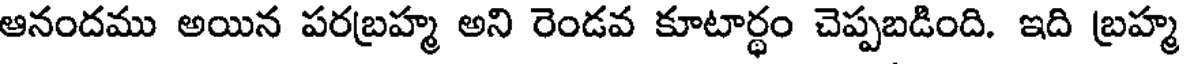
ఆనందము అయిన పరబ్రహ్మ అని రెండవ కూటార్థం చెప్పబడింది. ఇది బ్రహ్మ